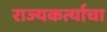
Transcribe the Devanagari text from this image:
राज्यकर्त्याचा